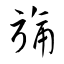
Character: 旆